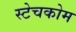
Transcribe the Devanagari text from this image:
स्टेचकोम